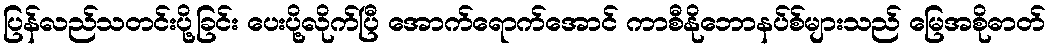
ပြန်လည်သတင်းပို့ခြင်း ပေးပို့လိုက်ပြီ အောက်ရောက်အောင် ကာစီနိုဘောနပ်စ်များသည် မြေအစိုဓာတ်